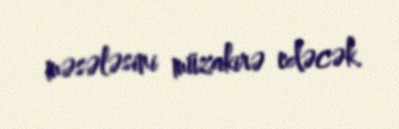
məsələsini müzakirə edəcək.